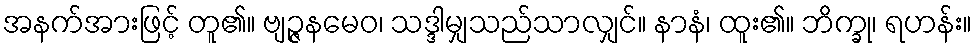
အနက်အားဖြင့် တူ၏။ ဗျဉ္ဇနမေဝ၊ သဒ္ဒါမျှသည်သာလျှင်။ နာနံ၊ ထူး၏။ ဘိက္ခု၊ ရဟန်း။